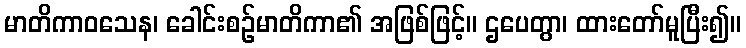
မာတိကာဝသေန၊ ခေါင်းစဉ်မာတိကာ၏ အဖြစ်ဖြင့်။ ဌပေတွာ၊ ထားတော်မူပြီး၍။